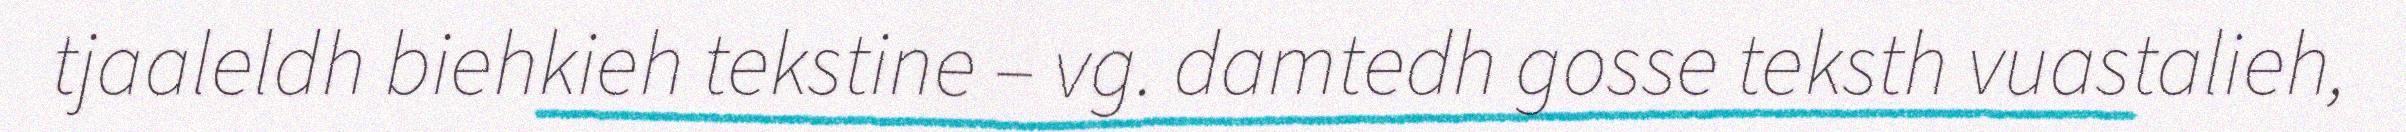
tjaaleldh biehkieh tekstine – vg. damtedh gosse teksth vuastalieh,